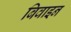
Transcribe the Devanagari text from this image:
बिवाइन